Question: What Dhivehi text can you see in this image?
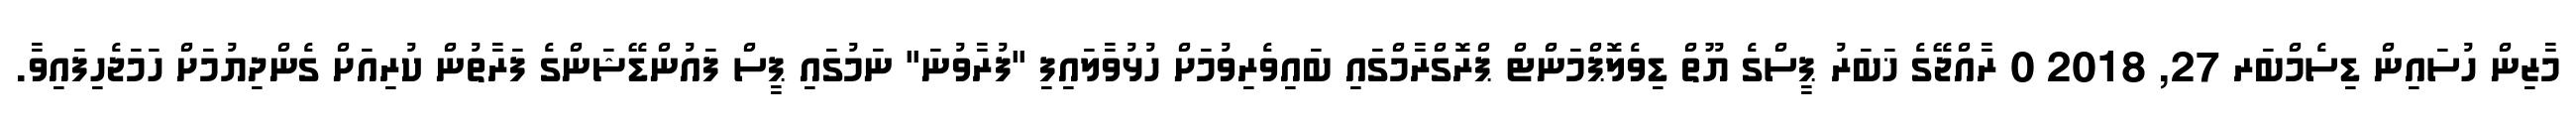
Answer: މާޒިން ހުސައިން ޑިސެމްބަރ 27, 2018 0 ރާއްޖޭގެ ޚަބަރު ޕީސްގެ ޔޫތް ޑިވެލޮޕްމަންޓް ޕްރޮގްރާމްގައި ބައިވެރިވުމަށް ހުޅުވާލައިފި "ފުރާވުނަ" ނަމުގައި ޕީސް ފައުންޑޭޝަންގެ ފަރާތުން ކުރިއަށް ގެންދިޔުމަށް ހަމަޖެހިފައިވާ.